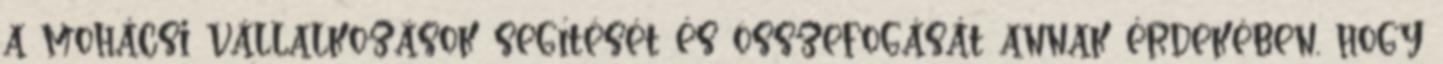
a mohácsi vállalkozások segítését és összefogását annak érdekében, hogy